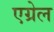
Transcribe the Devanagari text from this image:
एग्रेल